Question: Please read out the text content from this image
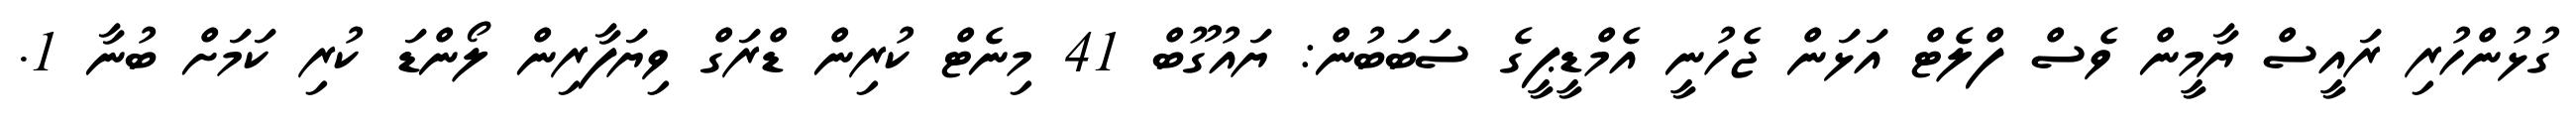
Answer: ގުޅުންހުރި ރައީސް ޔާމީން ވެސް ފްލެޓް އަޅަން ޖެހުނީ އެމްޑީޕީގެ ސަބަބުން: ޔައުގޫބް 41 މިނެޓް ކުރިން ޑްރަގް ވިޔަފާރިން ލޯންޑަ ކުރި ކަމަށް ބުނާ 1.